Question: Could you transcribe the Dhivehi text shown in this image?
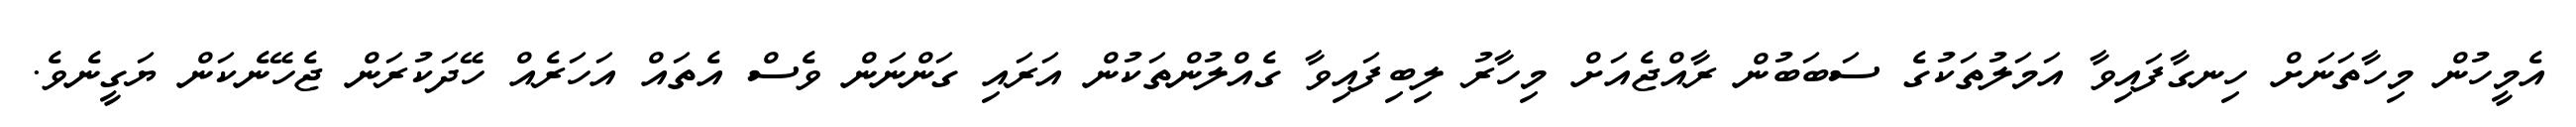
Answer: އެމީހުން މިހާތަނަށް ހިނގާފައިވާ އަމަލުތަކުގެ ސަބަބުން ރާއްޖެއަށް މިހާރު ލިބިފައިވާ ގެއްލުންތަކުން އަރައި ގަންނަން ވެސް އެތައް އަހަރެއް ހޭދަކުރަން ޖެހޭނެކަން ޔަގީނެވެ.